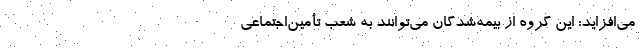
می‌افزاید: این گروه از بیمه‌شدگان می‌توانند به شعب تأمین‌اجتماعی